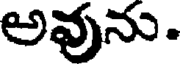
అవును.